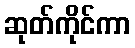
ဆုတ်ကိုင်ကာ